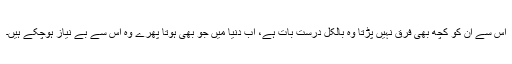
اس سے ان کو کچھ بھی فرق نہیں پڑتا وہ بالکل درست بات ہے، اب دنیا میں جو بھی ہوتا پھرے وہ اس سے بے نیاز ہوچکے ہیں۔